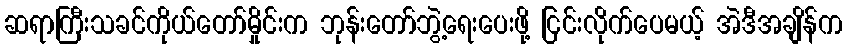
ဆရာကြီးသခင်ကိုယ်တော်မှိုင်းက ဘုန်းတော်ဘွဲ့ရေးပေးဖို့ ငြင်းလိုက်ပေမယ့် အဲဒီအချိန်က